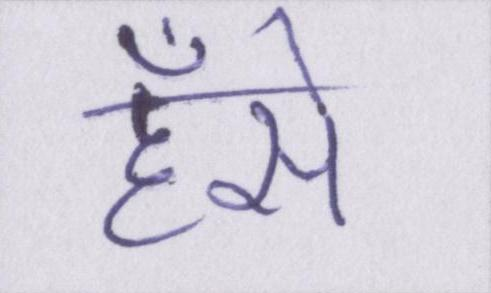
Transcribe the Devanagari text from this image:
हँसे